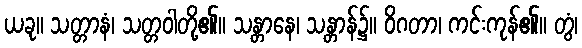
ယခု။ သတ္တာနံ၊ သတ္တဝါတို့၏။ သန္တာနေ၊ သန္တာန်၌။ ဝိဂတာ၊ ကင်းကုန်၏။ တွံ၊